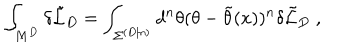
\int _ { M ^ { D } } \delta \tilde { { \cal L } } _ { D } = \int _ { { \Sigma } ^ { ( D | n ) } } d ^ { n } \theta ( \theta - \tilde { \theta } ( x ) ) ^ { n } \delta \tilde { { \cal L } } _ { D } \; ,